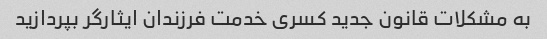
به مشکلات قانون جدید کسری خدمت فرزندان ایثارگر بپردازید